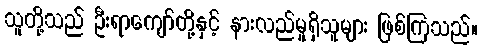
သူတို့သည် ဦးရာကျော်တို့နှင့် နားလည်မှုရှိသူများ ဖြစ်ကြသည်။